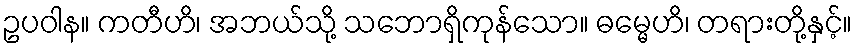
ဥပဝါန။ ကတီဟိ၊ အဘယ်သို့ သဘောရှိကုန်သော။ ဓမ္မေဟိ၊ တရားတို့နှင့်။